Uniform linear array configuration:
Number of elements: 12
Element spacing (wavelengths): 0.75
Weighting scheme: blackman
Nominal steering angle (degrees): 0
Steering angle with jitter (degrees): -0.605
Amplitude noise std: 0.05
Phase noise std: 0.05

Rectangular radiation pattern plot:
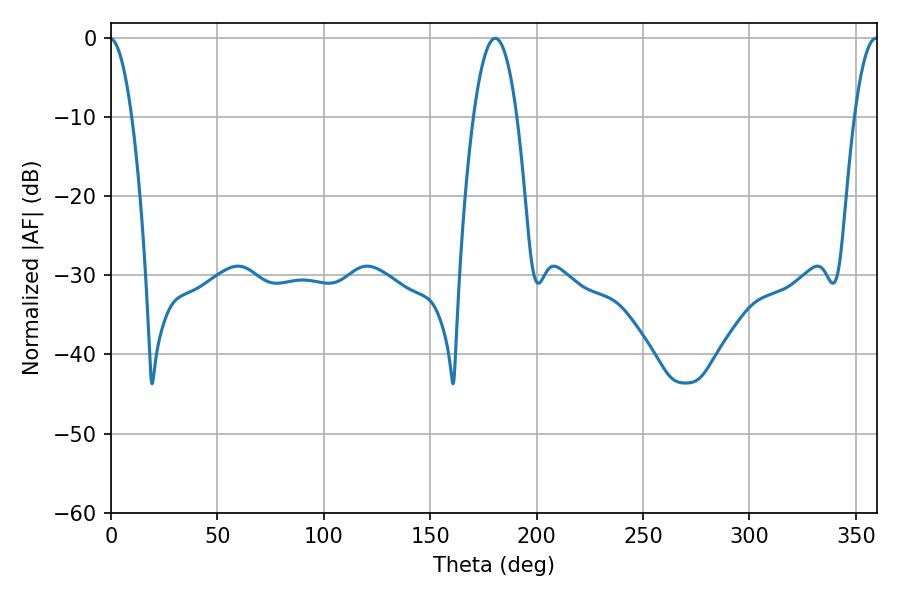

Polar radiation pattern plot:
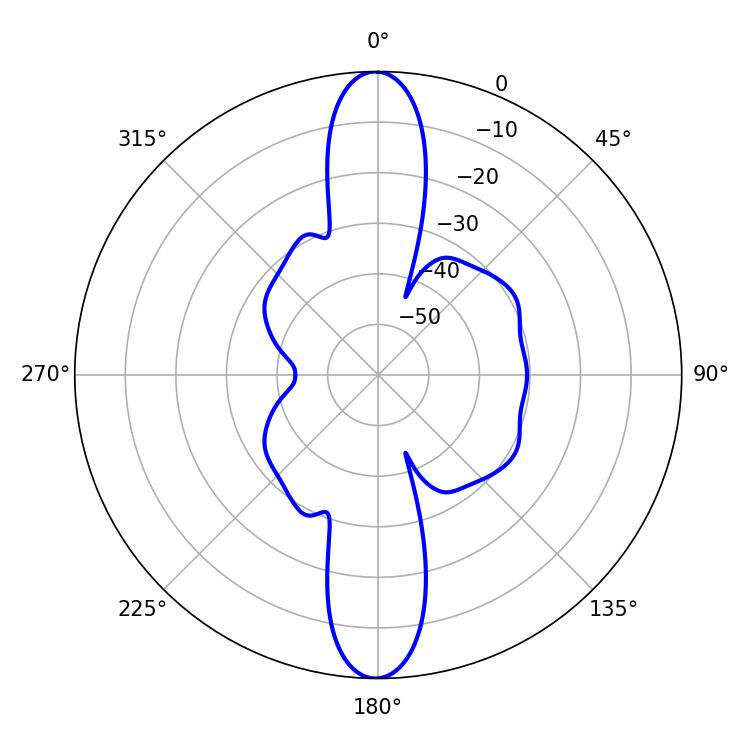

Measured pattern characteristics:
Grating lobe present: TRUE
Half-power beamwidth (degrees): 11.16
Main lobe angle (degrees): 180.54